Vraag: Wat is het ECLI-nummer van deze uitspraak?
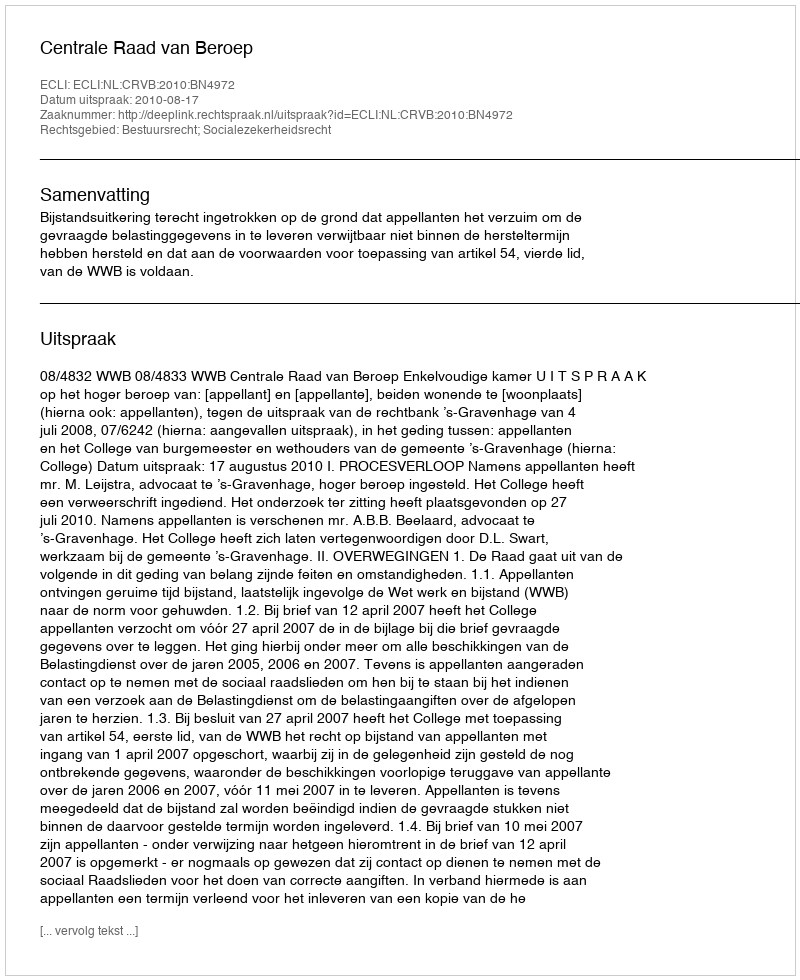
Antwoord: ECLI:NL:CRVB:2010:BN4972